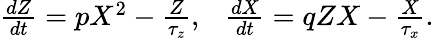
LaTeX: \begin{array}{r}{\frac{dZ}{dt}=pX^{2}-\frac{Z}{\tau_{z}},~~~\frac{dX}{dt}=qZX-\frac{X}{\tau_{x}}.}\end{array}